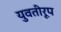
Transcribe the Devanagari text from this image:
युवतीरूप